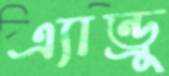
এ্যান্ড্রু